Annual report of the Punjab Veterinary College and of the Civil Veterinary Department, Punjab - 1909-1919
Year: 1909
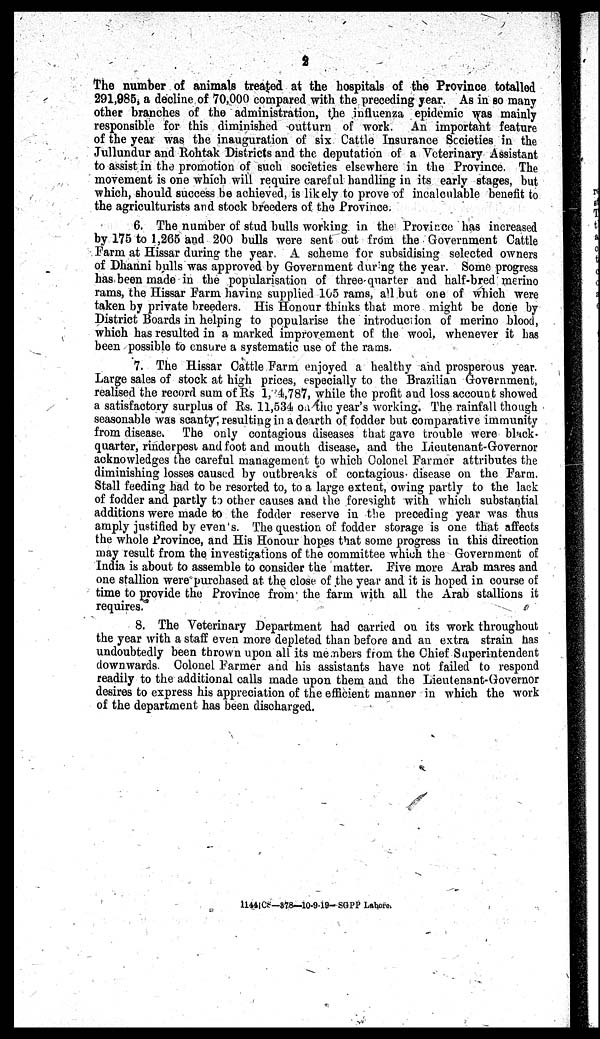
2
The number of animals treated at the hospitals of the Province totalled
291,985, a decline of 70,000 compared with the preceding year. As in so many
other branches of the administration, the influenza epidemic was mainly
responsible for this diminished outturn of work. An important feature
of the year was the inauguration of six Cattle Insurance Societies in the
Jullundur and Rohtak Districts and the deputation of a Veterinary Assistant
to assist in the promotion of such societies elsewhere in the Province. The
movement is one which will require careful handling in its early stages, but
which, should success be achieved, is likely to prove of incalculable benefit to
the agriculturists and stock breeders of the Province.
6. The number of stud bulls working in the Province has increased
by 175 to 1,265 and 200 bulls were sent out from the Government Cattle
Farm at Hissar during the year, A scheme for subsidising selected owners
of Dhanni bulls was approved by Government during the year. Some progress
has been made in the popularisation of three quarter and half-bred merino
rams, the Hissar Farm having supplied 165 rams, all but one of which were
taken by private breeders. His Honour thinks that more might be done by
District Boards in helping to popularise the introduction of merino blood,
which has resulted in a marked improvement of the wool, whenever it has
been possible to ensure a systematic use of the rams.
7. The Hissar Cattle Farm enjoyed a healthy and prosperous year.
Large sales of stock at high prices, especially to the Brazilian Government,
realised the record sum of Rs 1,34,787, while the profit and loss account showed
a satisfactory surplus of Rs. 11,534 on the year's working. The rainfall though
seasonable was scanty, resulting in a dearth of fodder but comparative immunity
from disease. The only contagious diseases that gave trouble were black-
quarter, rinderpest and foot and mouth disease, and the Lieutenant-Governor
acknowledges the careful management to which Colonel Farmer attributes the
diminishing losses caused by outbreaks of contagious disease on the Farm.
Stall feeding had to be resorted to, to a large extent, owing partly to the lack
of fodder and partly to other causes and the foresight with which substantial
additions were made to the fodder reserve in the preceding year was thus
amply justified by even's. The question of fodder storage is one that affects
the whole Province, and His Honour hopes that some progress in this direction
may result from the investigations of the committee which the Government of
India is about to assemble to consider the matter. Five more Arab mares and
one stallion were purchased at the close of the year and it is hoped in course of
time to provide the Province from the farm with all the Arab stallions it
requires.
8. The Veterinary Department had carried on its work throughout
the year with a staff even more depleted than before and an extra strain has
undoubtedly been thrown upon all its members from the Chief Superintendent
downwards. Colonel Farmer and his assistants have not failed to respond
readily to the additional calls made upon them and the Lieutenant-Governor
desires to express his appreciation of the efficient manner in which the work
of the department has been discharged.
1144ICS—878—10-9-19-SGPP Lahore.